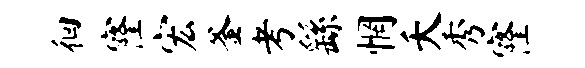
徊窿宏釜考繇惘夭秀窿